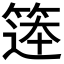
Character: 𮅨